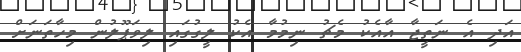
އަދި އެ ނަތީޖާ އާއެކު މެޗު ނިމުމާ އެކު ލީގުގައި ލިވަޕޫލުން މިހާތަނަށް